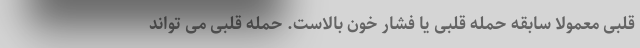
قلبی معمولا سابقه حمله قلبی یا فشار خون بالاست. حمله قلبی می تواند